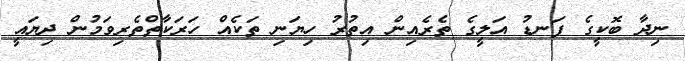
ނިދާ ބޮކީގެ ފަނޑު އަލީގެ ތެރެއިން އިތުރު ހިޔަނި ތަކެއް ހަރަކާތްތެރިވަމުން ދިޔައީ